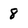
Character: 8